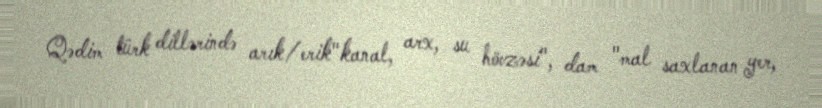
Qədim türk dillərində arık/erik"kanal, arx, su hövzəsi", dam "mal saxlanan yer,